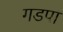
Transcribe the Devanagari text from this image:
गडपा